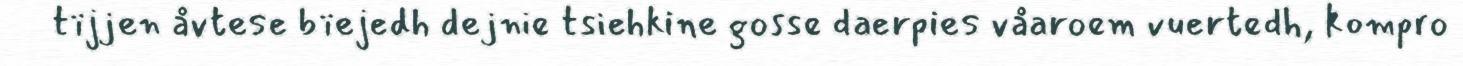
tïjjen åvtese bïejedh dejnie tsiehkine gosse daerpies våaroem vuertedh, kompro